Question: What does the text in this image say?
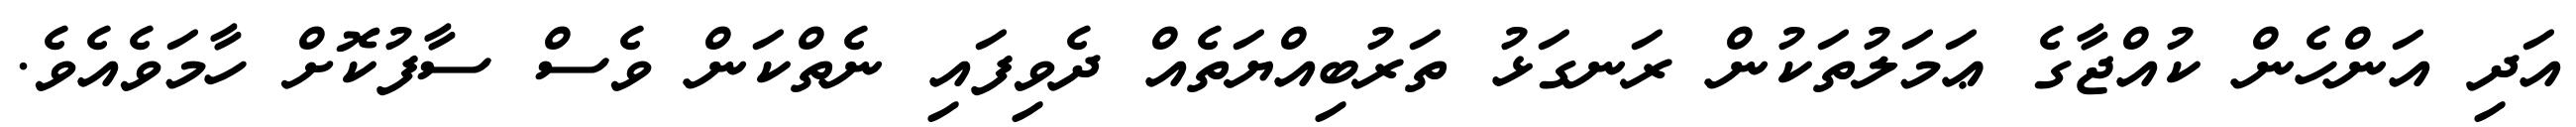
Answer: އަދި އަންހެން ކުއްޖާގެ ޢަމަލުތަކުން ރަނގަޅު ތަރުބިއްޔަތެއް ދެވިފައި ނެތްކަން ވެސް ސާފުކޮށް ހާމަވެއެވެ.